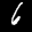
Label: 6